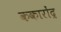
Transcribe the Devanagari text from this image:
ककारोंद्र